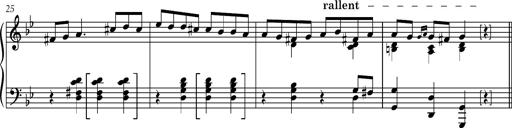
Title: 8 Album Leaves
Composer: Franz Liszt